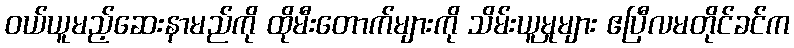
ဝယ်ယူမည့်ဆေးနာမည်ကို ထိုမီးတောက်များကို သိမ်းယူမှုများ ဧပြီလမတိုင်ခင်က